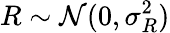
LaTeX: R\sim\mathcal N(0,\sigma_{R}^{2})